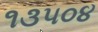
૧૩૫૦૪